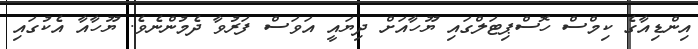
އިންޑިއާގެ ކިމްސް ހޮސްޕިޓަލްގައި ޔޫހާއަށް ދިޔައީ އަވަސް ފަރުވާ ދެމުންނެވެ. ޔޫހާއާ އެކުގައި